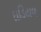
ઘડિયળ